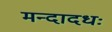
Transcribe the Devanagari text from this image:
मन्दादधः